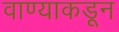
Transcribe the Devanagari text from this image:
वाण्याकडून